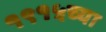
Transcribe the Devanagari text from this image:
१९१५च्या